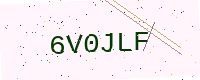
Text: 6V0JLF